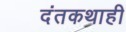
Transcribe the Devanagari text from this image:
दंतकथाही